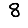
Digit: 8